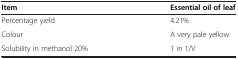
| Item | Essential oil of leaf |
 | --- | --- |
 | Percentage yield | 4.21% |
 | Colour | A very pale yellow |
 | Solubility in methanol 20% | 1 in 1/V |